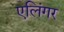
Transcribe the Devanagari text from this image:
एलिंगर